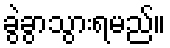
ခွဲခွာသွားရမည်။